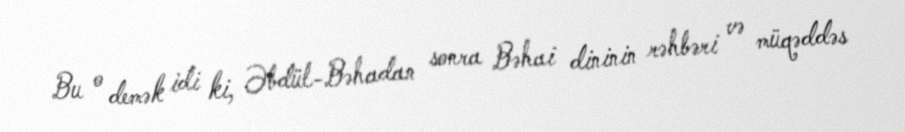
Bu o demək idi ki, Əbdül-Bəhadan sonra Bəhai dininin rəhbəri və müqəddəs